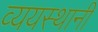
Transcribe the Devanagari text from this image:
व्ययस्थानी